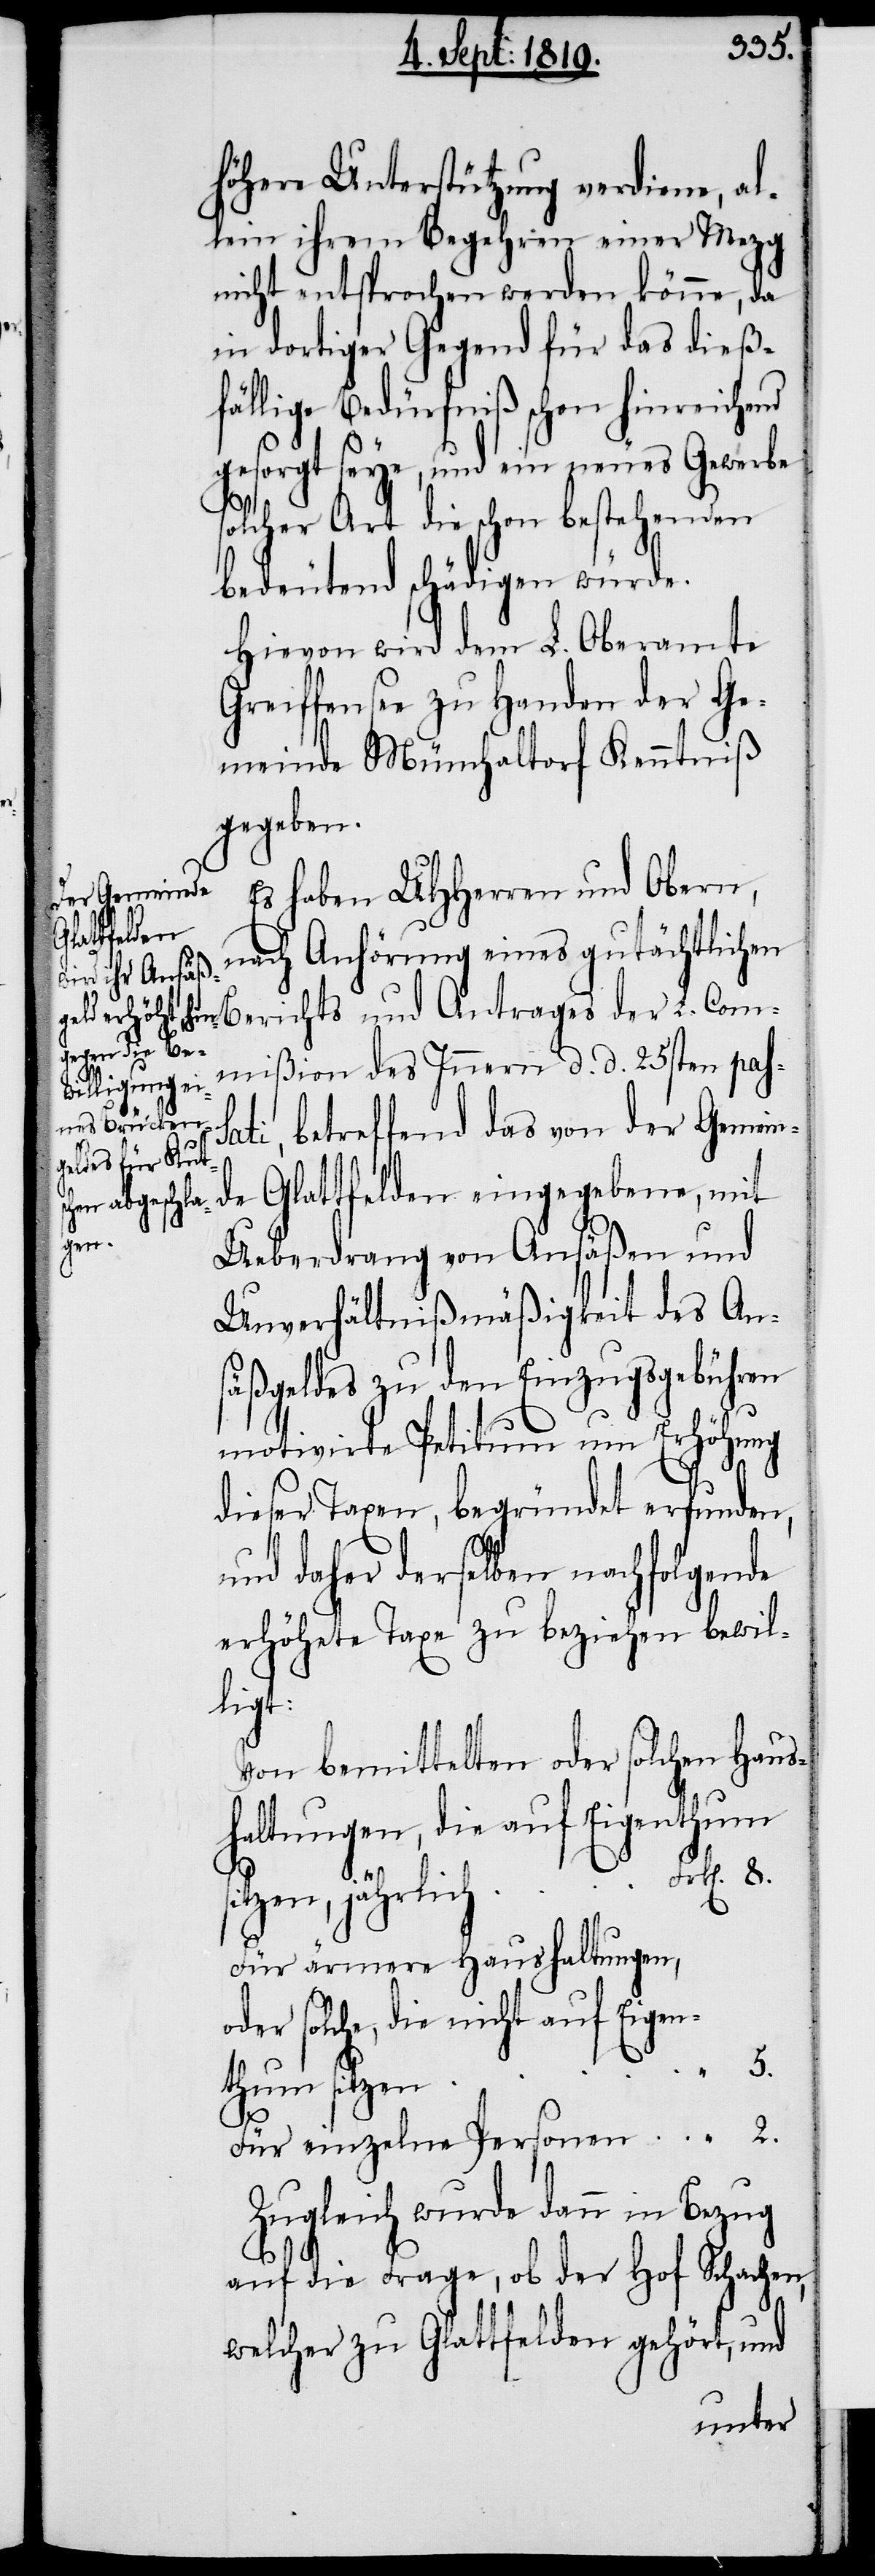
höhere Unterstützung verdiene, al¬
lein ihrem Begehren einer Mezg
nicht entsprochen werden könne, da
in dortiger Gegend für das dieß¬
fällige Bedürfniß schon hinreichend
gesorgt seye, und ein neues Gewerbe
solcher Art die schon bestehenden
bedeutend schädigen würde.
Hievon wird dem L. Oberamte
Greiffensee zu Handen der Ge¬
meinde Münchaltorf Kenntniß
gegeben.
Es haben UHHerren und Obern,
nach Anhörung eines gutächtlichen
Berichts und Antrages der L. Com¬
mißion des Innern d. d. 25sten pass¬
ati, betreffend das von der Gemein¬
de Glattfelden eingegebene, mit
Ueberdrang von Ansäßen und
Unverhältnißmäßigkeit des Ans¬
äßgeldes zu den Einzugsgebühren
motivirte Petitum um Erhöhung
dieser Taxen, begründet erfunden,
und daher derselben nachfolgende
erhöhete Taxe zu beziehen bewil¬
ligt:
Von bemittelten oder solchen Haus¬
haltungen, die auf Eigen¬
Für ärmere Haushaltungen,
oder solche, die nicht auf Eigen¬
thum sitzen
Zugleich wurde dann in Bezug
2.
auf die Frage, ob der Hof Schachen,
welcher zu Glattfelden gehört, und